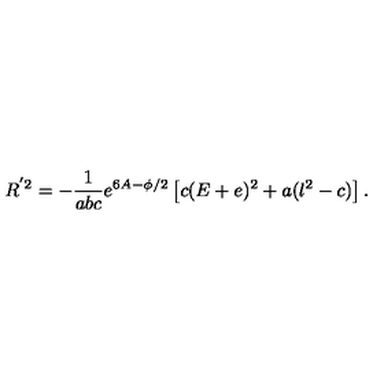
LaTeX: R ^ { ' 2 } = - \frac { 1 } { a b c } e ^ { 6 A - \phi / 2 } \left[ c ( E + e ) ^ { 2 } + a ( l ^ { 2 } - c ) \right] .